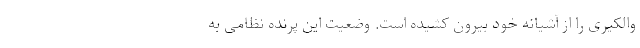
والکیری را از آشیانه خود بیرون کشیده است. وضعیت این پرنده نظامی به